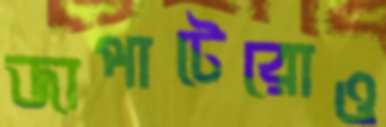
জাপাটেরোও